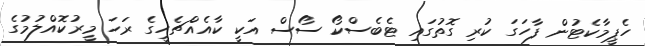
ހެޕީމާކެޓުން ފާހަގަ ކުރި ގޮތުގައި ޓެބެސްކޯ ސޯސް އަކީ ކާއެއްޗެހީގެ ރަހަ މީރުކޮއްލުމުގެ